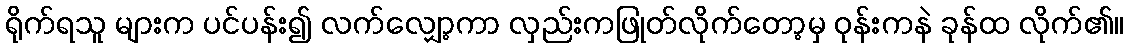
ရိုက်ရသူ များက ပင်ပန်း၍ လက်လျှော့ကာ လှည်းကဖြုတ်လိုက်တော့မှ ဝုန်းကနဲ ခုန်ထ လိုက်၏။